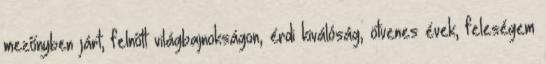
mezőnyben járt, felnőtt világbajnokságon, érdi kiválóság, ötvenes évek, feleségem